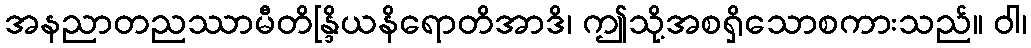
အနညာတညဿာမီတိန္ဒြိယနိရောတိအာဒိ၊ ဤသို့အစရှိသောစကားသည်။ ဝါ၊